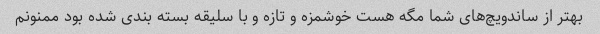
بهتر از ساندویچ‌های شما مگه هست خوشمزه و تازه و با سلیقه بسته بندی شده بود ممنونم